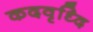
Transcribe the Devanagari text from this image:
कदवृध्दि